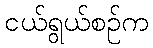
ငယ်ရွယ်စဉ်က